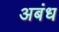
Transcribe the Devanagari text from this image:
अबंध